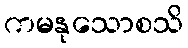
ကမနုသောစသိ